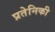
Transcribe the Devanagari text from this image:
प्रतेनिकी